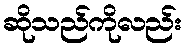
ဆိုသည်ကိုလည်း